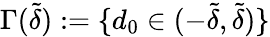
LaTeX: \Gamma(\tilde{\delta}):=\{ d_{0}\in(-\tilde{\delta},\tilde{\delta})\}